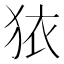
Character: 𭸈